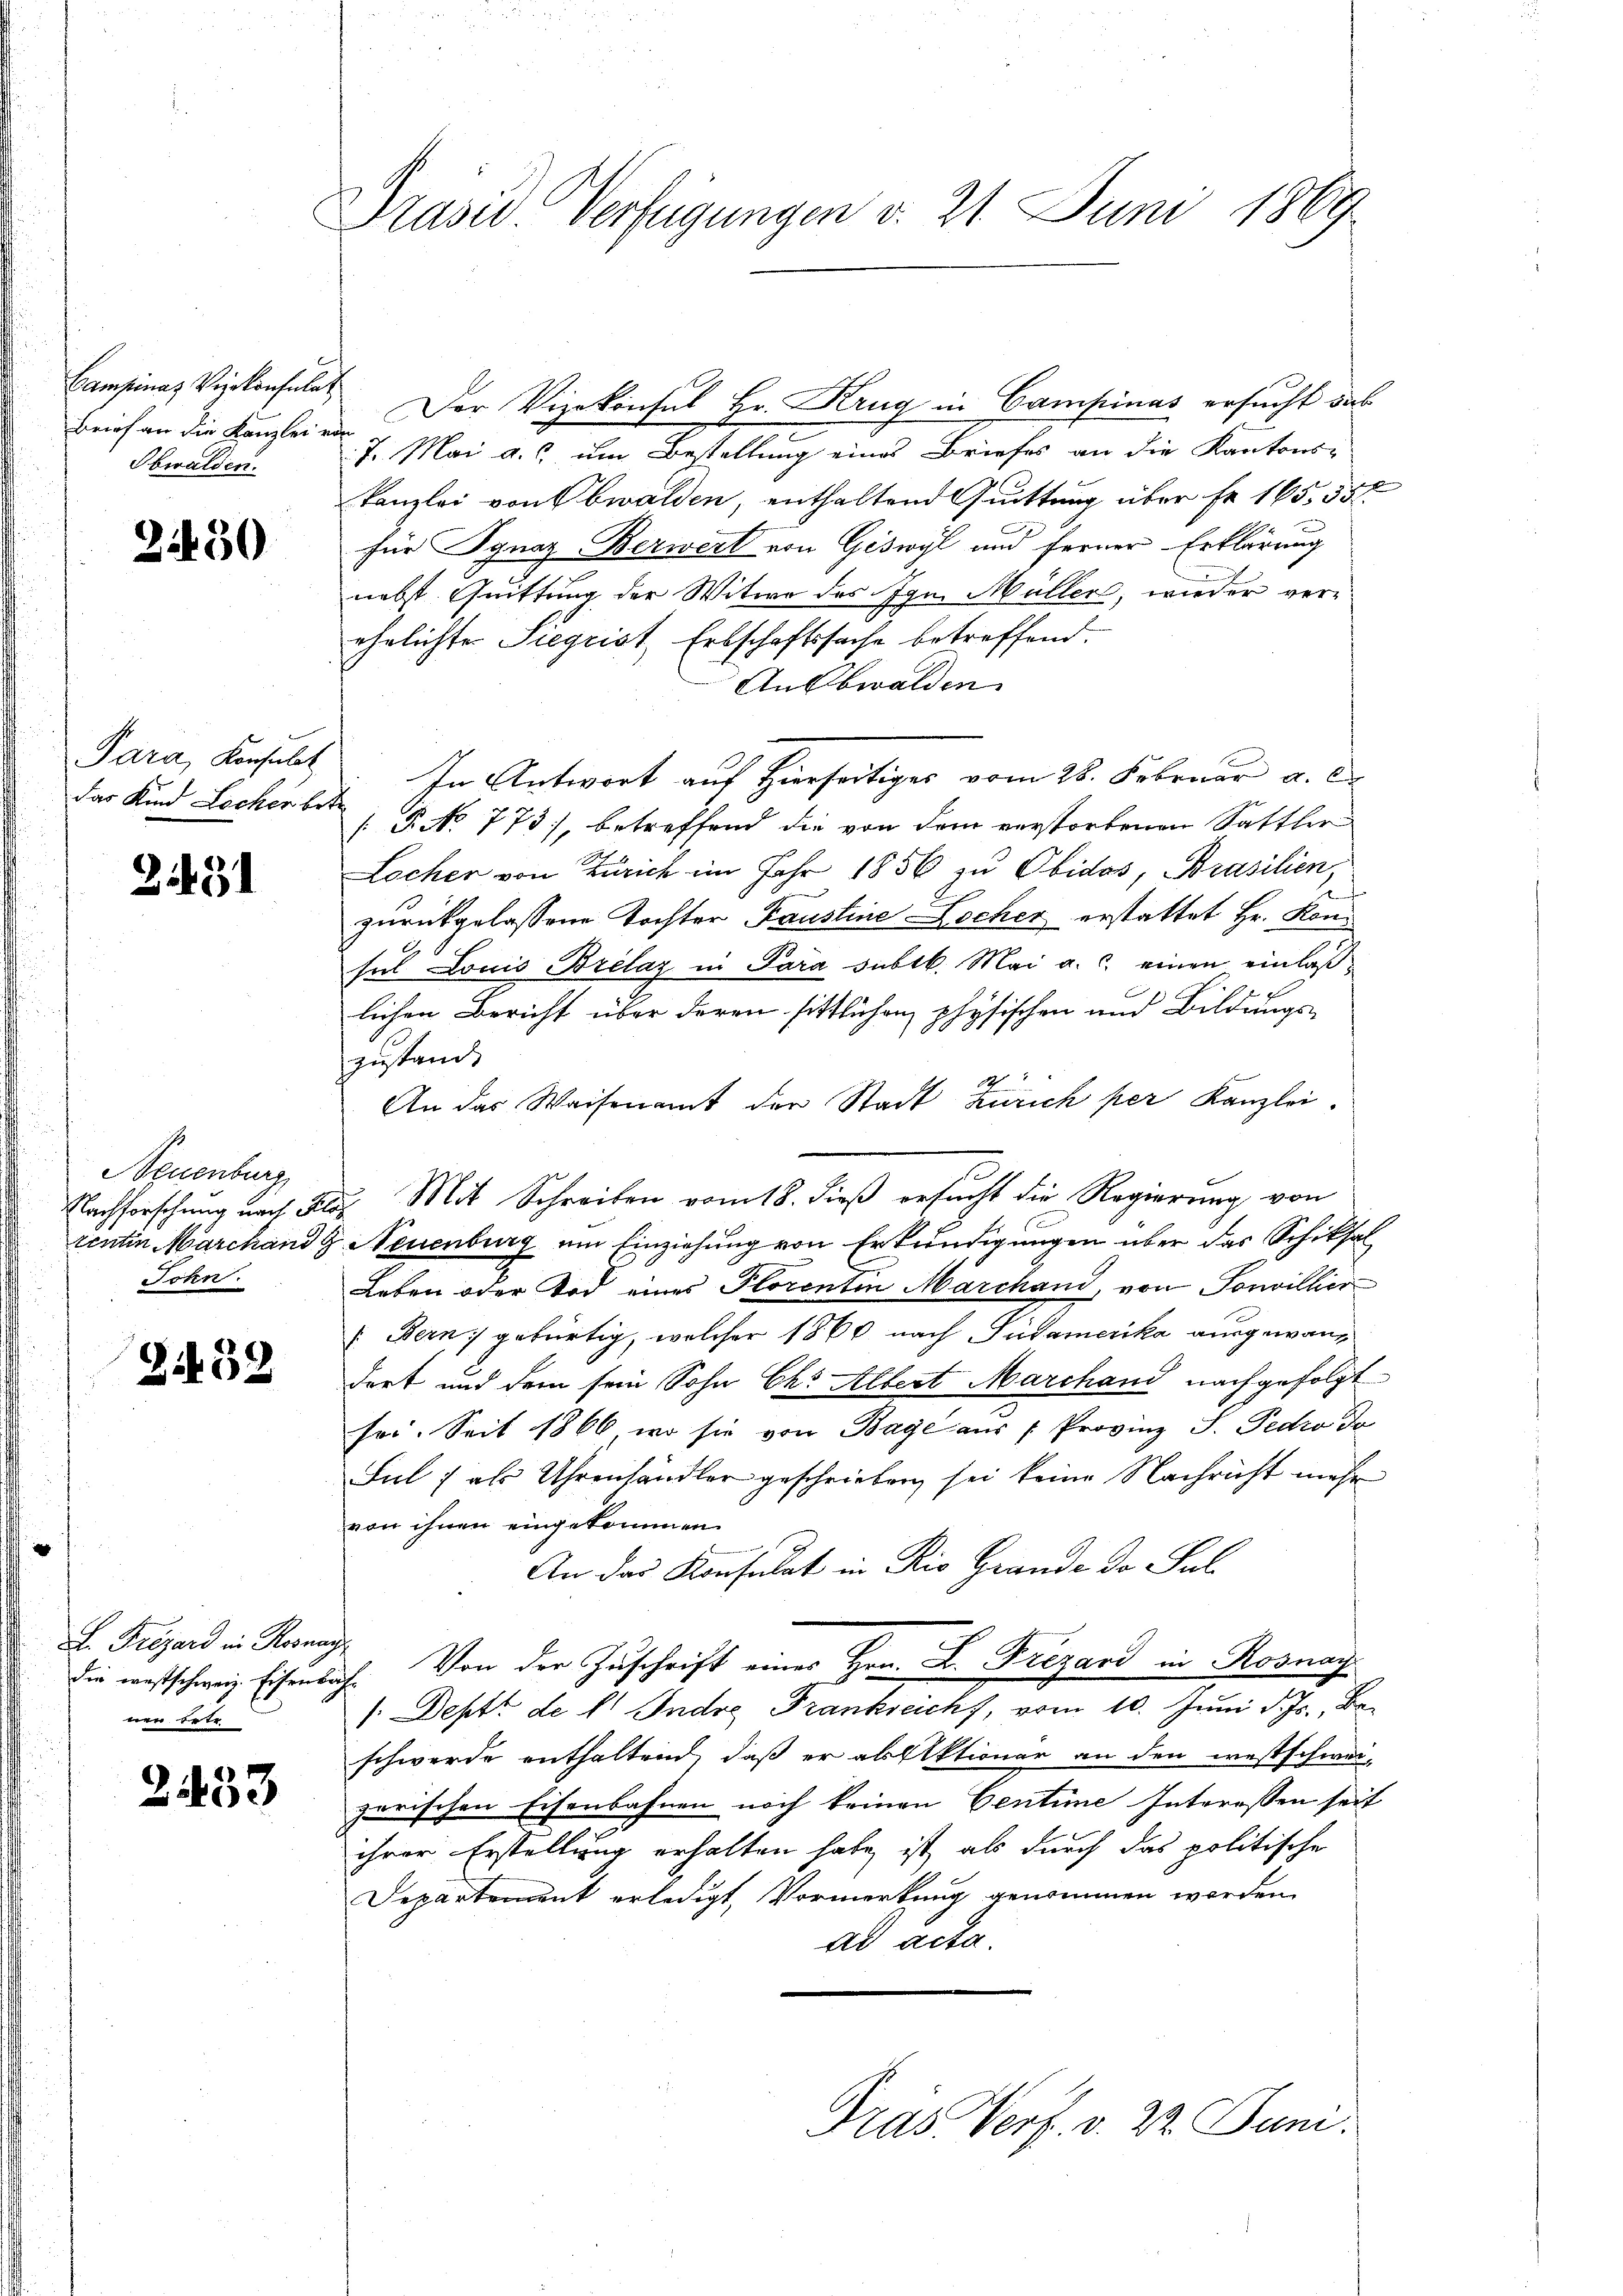
Campinaz Vizekonsula
Brief an die Kanzlei vo
Sbwalden.

2450

Para, Konsulat
das Kind Locher betr

2491

Neuenburg
Nachforschung nach Klo
tenten Marchand g
John.

Z.452

G. Frizard in Rosen
die westschweiz. Eisenbe
nen Betr

2.433

Präsid. Verfügungen d. 21. Juni 1869

Der Vizekonsul Hr. Krug in Campinas ersucht aus
7. Mai a.c. um Bestellung eines Briefes an die Kantons
Kanzlei von Obwalden, enthaltend Quittung über fr. 165, 55
für Ignaz Berwert von Giswyl und ferner Erklärung
nebst Quittung der Witwe des Igm. Müller, wieder ver-
ehelichter Siegrist, Erbschaftssache betreffend.
Ansbwalden
In Antwort auf Hierseitiges vom 28. Februar a. c.
[P. No 773), betreffend die von dem verstorbenen Sattler
Locher von Zürich im Jahr 1856 zu Obidos, Prasilien,
zurückgelassene Tochter Faustine Locher erstattet Hr. Konsel Louis Brelaz in Para subtk. Mai a.c. einen einlaßlichen Bericht über deren sittlichen physischen und Bildungs-
zustand
22
An das Waisenamt der Stadt Zürich per Kanzlei.
Mit Schreiben vom 18. dieß ersucht die Regierung von
Neuenburg um Einziehung von Erkundigungen über das Schiksal
Leben oder Tod eines Plorenten Marchand, von Sonvillier
: Bern gebürtig, welcher 1860 nach Südamerika ausgewandort und dem sein Sohn Chr. Albert Marchand nachgefolgt
sei. Seit 1866, wo sie von Bage aus 7 Provinz S. Pedro da
Sul ; als Uhrenhändler geschrieben sei keine Nachricht mehr
von ihnen eingekommen
An das Konsulat in Rio Grande da Sul
7. Von der Zuschrift eines Hrn. L. Frezard in Rosnay
/. Deptt de l. Indie Frankreich, vom 10. Juni d. Js., Beschwerde enthaltend, daß er als Aktioner an den westschwei-
zarischen Eisenbahnen noch keinen Centime Interessen seit
ihrer Erstellung erhalten habe, ist, als durch das politische
Departement erledigt, Vormerkung genommen worden.
ad acta

Präs. Verf. v. 22. Juni.